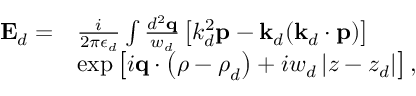
\begin{array} { r l } { \mathbf { E } _ { d } = } & { \frac { i } { 2 \pi \epsilon _ { d } } \int \frac { d ^ { 2 } \mathbf { q } } { w _ { d } } \left[ k _ { d } ^ { 2 } \mathbf { p } - \mathbf { k } _ { d } ( \mathbf { k } _ { d } \cdot \mathbf { p } ) \right] } \\ & { \exp \left[ i \mathbf { q } \cdot \left( \boldsymbol { \rho } - \boldsymbol { \rho } _ { d } \right) + i w _ { d } \left\vert z - z _ { d } \right\vert \right] , } \end{array}